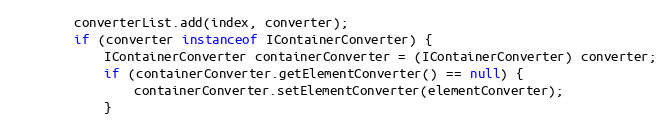
Language: Java
		converterList.add(index, converter);
		if (converter instanceof IContainerConverter) {
			IContainerConverter containerConverter = (IContainerConverter) converter;
			if (containerConverter.getElementConverter() == null) {
				containerConverter.setElementConverter(elementConverter);
			}